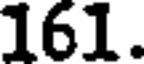
161.